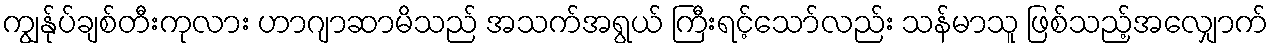
ကျွန်ုပ်ချစ်တီးကုလား ဟာဂျာဆာမိသည် အသက်အရွယ် ကြီးရင့်သော်လည်း သန်မာသူ ဖြစ်သည့်အလျှောက်